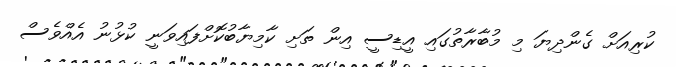
ކުރިއަށް ގެންދިޔަ މި މުބާރާތުގައި އީޑިސީ އިން ތަށި ކާމިޔާބުކޮށްފައިވަނީ ކުޅުނު އެއްވެސް